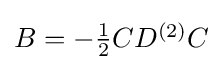
{\textstyle B=-{\frac {1}{2}}CD^{(2)}C}